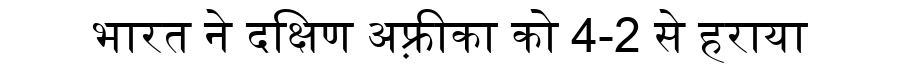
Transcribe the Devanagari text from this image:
भारत ने दक्षिण अफ़्रीका को 4-2 से हराया